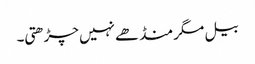
بیل مگر منڈھے نہیں چڑھتی۔